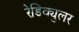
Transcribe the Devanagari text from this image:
रेडिक्युलर